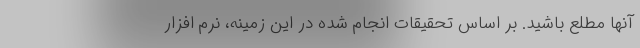
آنها مطلع باشید. بر اساس تحقیقات انجام شده در این زمینه، نرم افزار